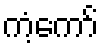
ကံ့ကော်